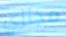
مجازي